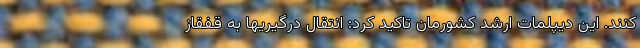
کنند. این دیپلمات ارشد کشورمان تاکید کرد: انتقال درگیریها به قفقاز